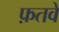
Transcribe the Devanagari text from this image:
फ़तवे